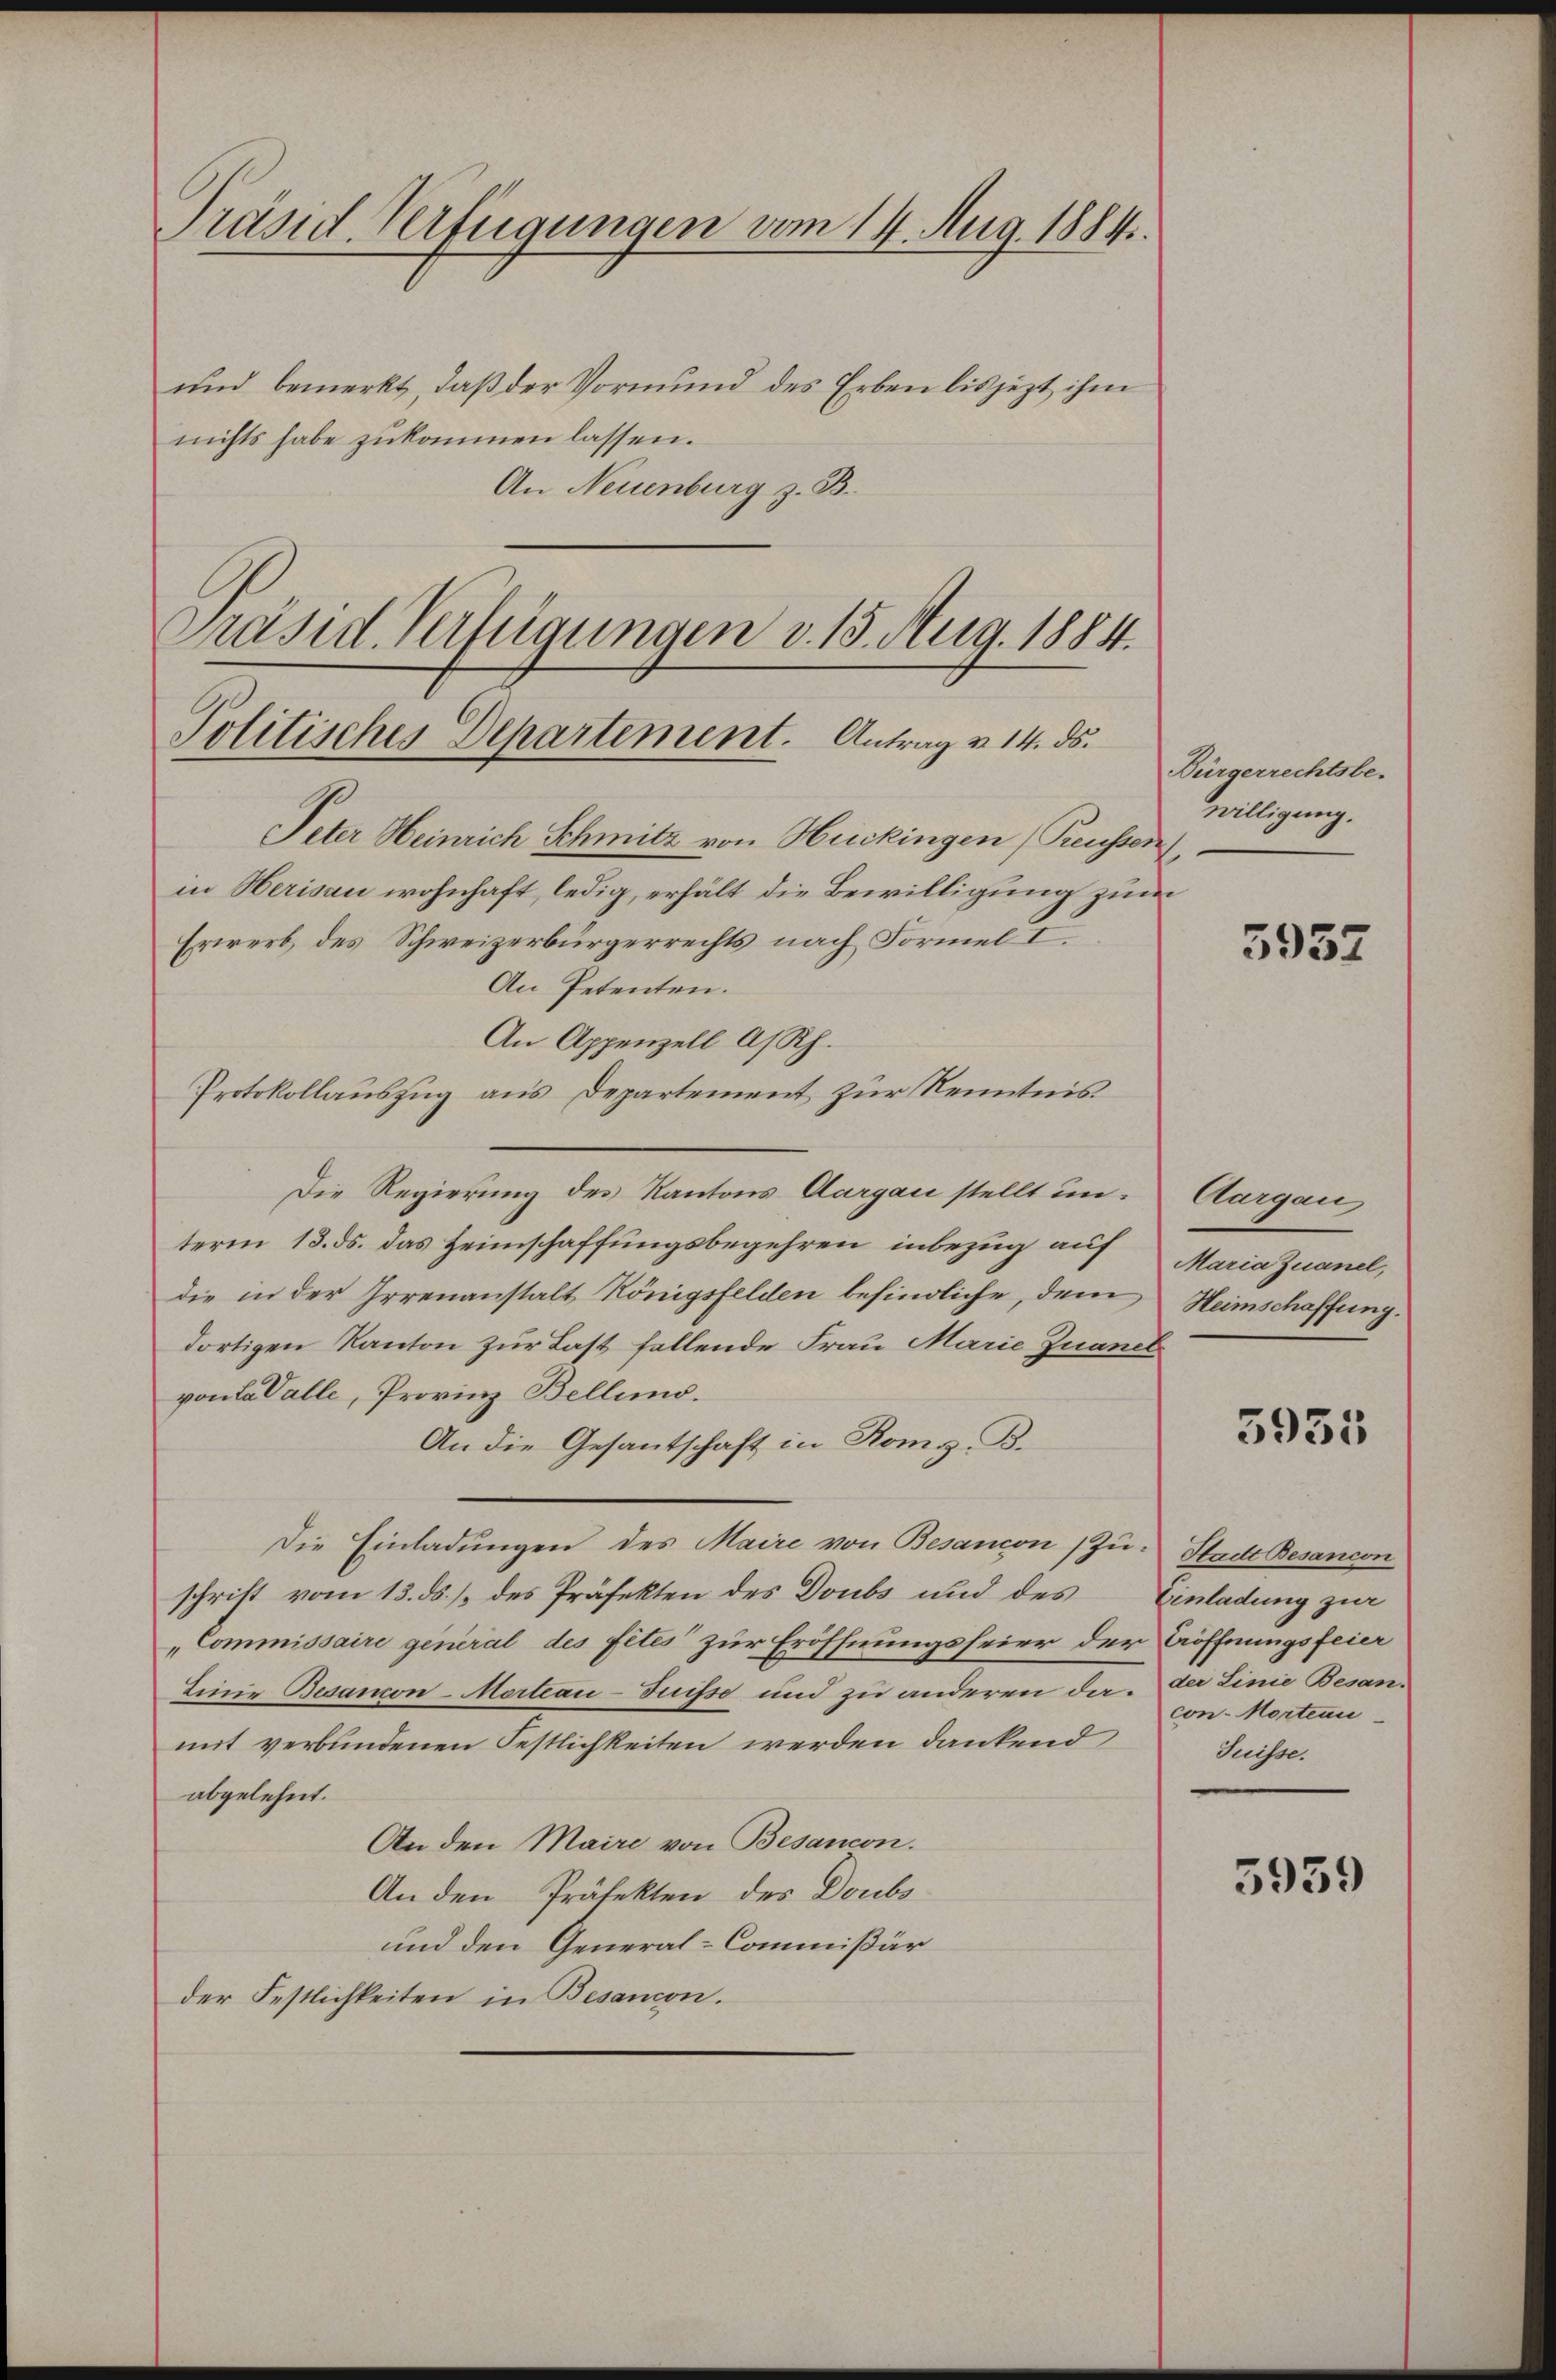
Präsid. Verfügungen vom 14. Aug. 1884.

und bemerkt, daß der Vormund des Erben bis jezt ihm
nichts habe zukommen lassen.
An Neuenburg z. B.
Präsid. Verfügungen v. 15. Aug. 1884.

Politisches Departement. Antrag u. 14. ds.

Peter Heinrich Schmitz von Huckingen (Reussen,
in Herisau wohnhaft, ledig, erhält die Bewilligung zum
Erwerb des Schweizerbürgerrechts nach Formel I
An Petenten.
An Appenzell A/Rh.
Protokollauszug aus Departement zur Kenntnis
Die Regierung des Kantons Aargau stellt un-
term 13. ds. das Heimschaffungsbegehren inbezug auf
die in der Irrenanstalt Königsfelden befindliche, dem
dortigen Kanton zur Last fallende Frau Marie Zuanel
von Lavalle, Provinz Bellins.
An die Gesantschaft in Romg. B.
Die Einladungen des Maire von Besancon (Zu Stacht Besancon
schrift vom 13. ds. / des Präfekten des Doubs und des Einladung zur
Commissaire general des fites zur Eröffnungsfeier der Eröffnungsfeier
Linie Besancon-Mortiau-Suisse und zu anderen da. der Linie Besan
mit verbundenen Festlichkeiten werden dankend
abgelehnt.
An den Maire von Besandon.
An den Präfekten des Doubs
und den General-Commißär
der Festlichkeiten in Besancon.

Bürgerrechtsbe-
willigung.

5952

Aargaus
Maria Zuanel,
Heimschaffung.

3955

con Mortiau
Juisse.

5939